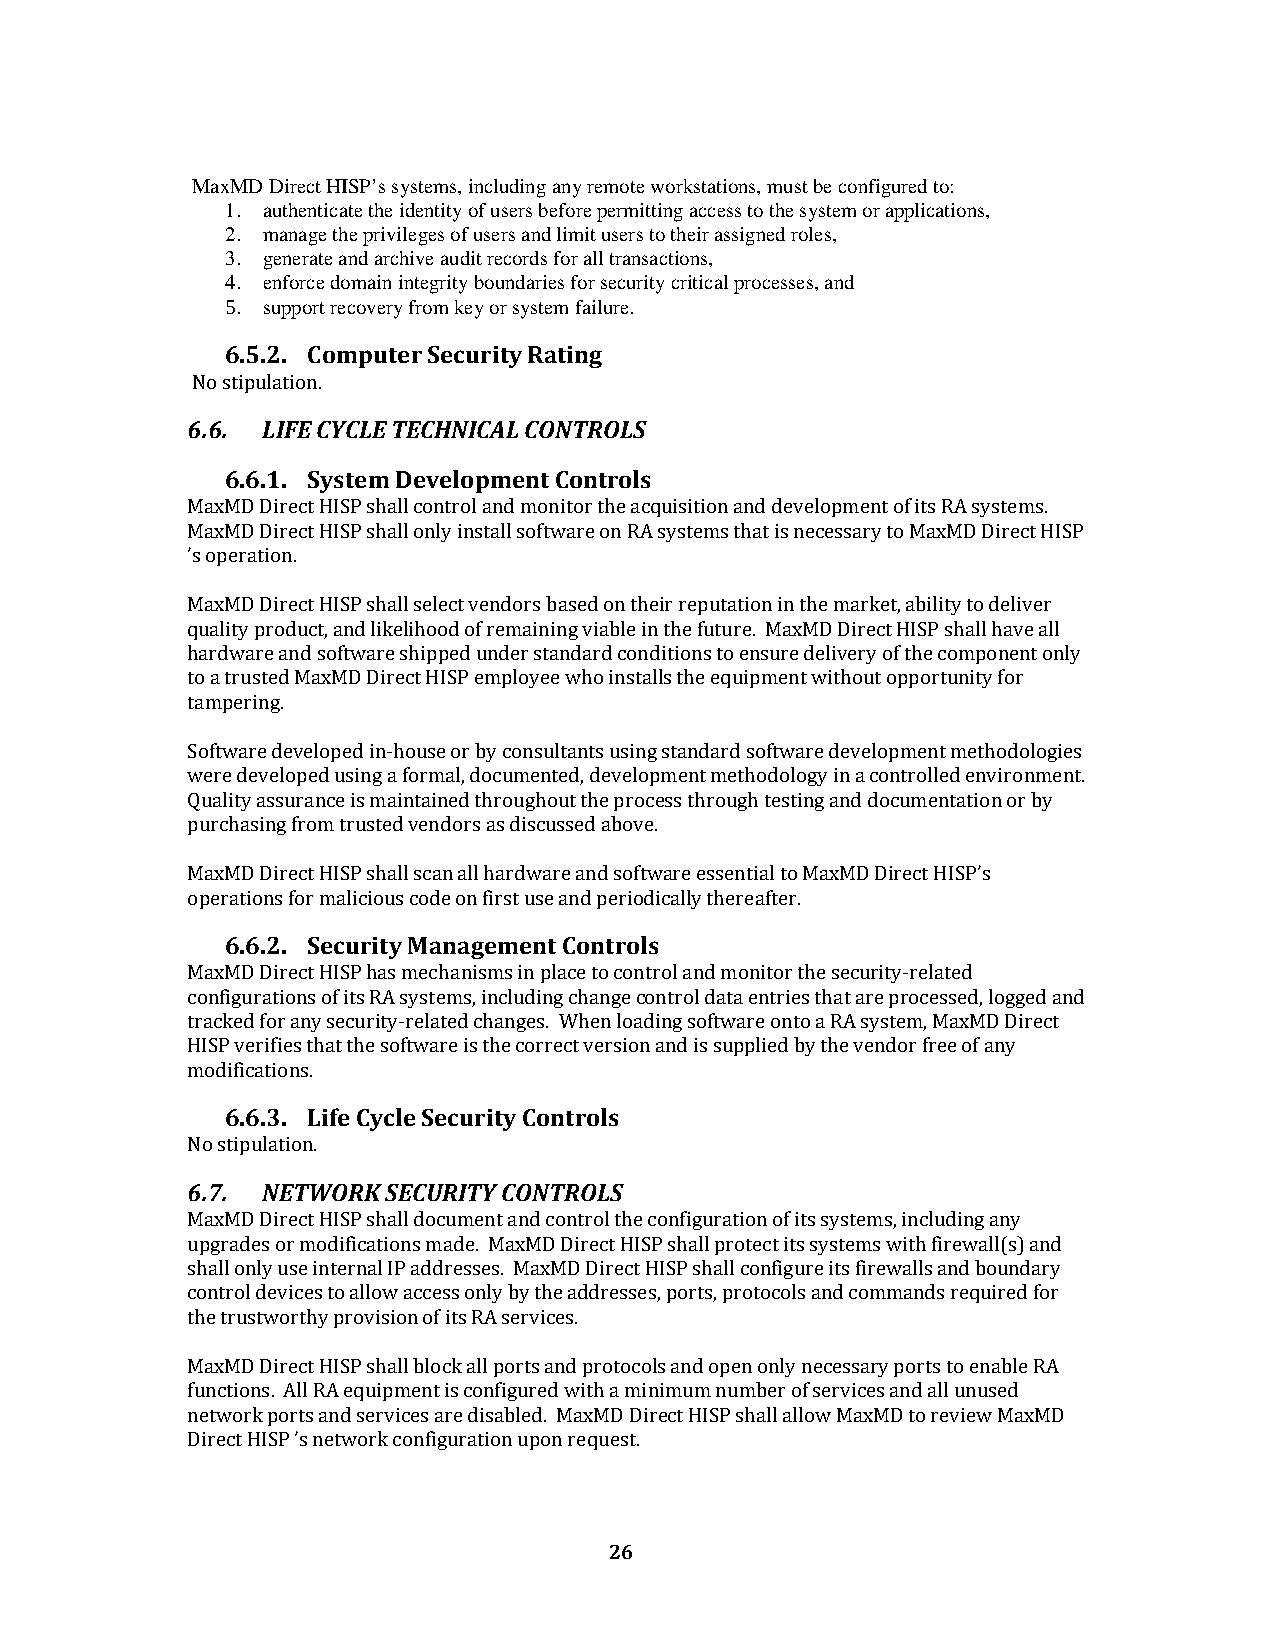
MaxMD Direct HISP’s systems, including any remote workstations, must be configured to:
 1. authenticate the identity of users before permitting access to the system or applications,
 2. manage the privileges of users and limit users to their assigned roles,
 3. generate and archive audit records for all transactions,
 4. enforce domain integrity boundaries for security critical processes, and
 5. support recovery from key or system failure.
 6.5.2. Computer Security Rating
 No stipulation.
 6.6. LIFE CYCLE TECHNICAL CONTROLS
 6.6.1. System Development Controls
 MaxMD Direct HISP shall control and monitor the acquisition and development of its RA systems.
 MaxMD Direct HISP shall only install software on RA systems that is necessary to MaxMD Direct HISP
 ’s operation.
 MaxMD Direct HISP shall select vendors based on their reputation in the market, ability to deliver
 quality product, and likelihood of remaining viable in the future. MaxMD Direct HISP shall have all
 hardware and software shipped under standard conditions to ensure delivery of the component only
 to a trusted MaxMD Direct HISP employee who installs the equipment without opportunity for
 tampering.
 Software developed in-house or by consultants using standard software development methodologies
 were developed using a formal, documented, development methodology in a controlled environment.
 Quality assurance is maintained throughout the process through testing and documentation or by
 purchasing from trusted vendors as discussed above.
 MaxMD Direct HISP shall scan all hardware and software essential to MaxMD Direct HISP’s
 operations for malicious code on first use and periodically thereafter.
 6.6.2. Security Management Controls
 MaxMD Direct HISP has mechanisms in place to control and monitor the security-related
 configurations of its RA systems, including change control data entries that are processed, logged and
 tracked for any security-related changes. When loading software onto a RA system, MaxMD Direct
 HISP verifies that the software is the correct version and is supplied by the vendor free of any
 modifications.
 6.6.3. Life Cycle Security Controls
 No stipulation.
 6.7. NETWORK  SECURITY CONTROLS
 MaxMD Direct HISP shall document and control the configuration of its systems, including any
 upgrades or modifications made. MaxMD Direct HISP shall protect its systems with firewall(s) and
 shall only use internal IP addresses. MaxMD Direct HISP shall configure its firewalls and boundary
 control devices to allow access only by the addresses, ports, protocols and commands required for
 the trustworthy provision of its RA services.
 MaxMD Direct HISP shall block all ports and protocols and open only necessary ports to enable RA
 functions. All RA equipment is configured with a minimum number of services and all unused
 network ports and services are disabled. MaxMD Direct HISP shall allow MaxMD to review MaxMD
 Direct HISP ’s network configuration upon request.
 26